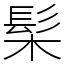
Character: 髤